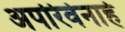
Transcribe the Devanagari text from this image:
अपरिर्वनार्ह